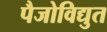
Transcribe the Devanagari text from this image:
पैजोविद्युत